Vaccination in Bombay 1874-1876 - 1874-1876
Year: 1874
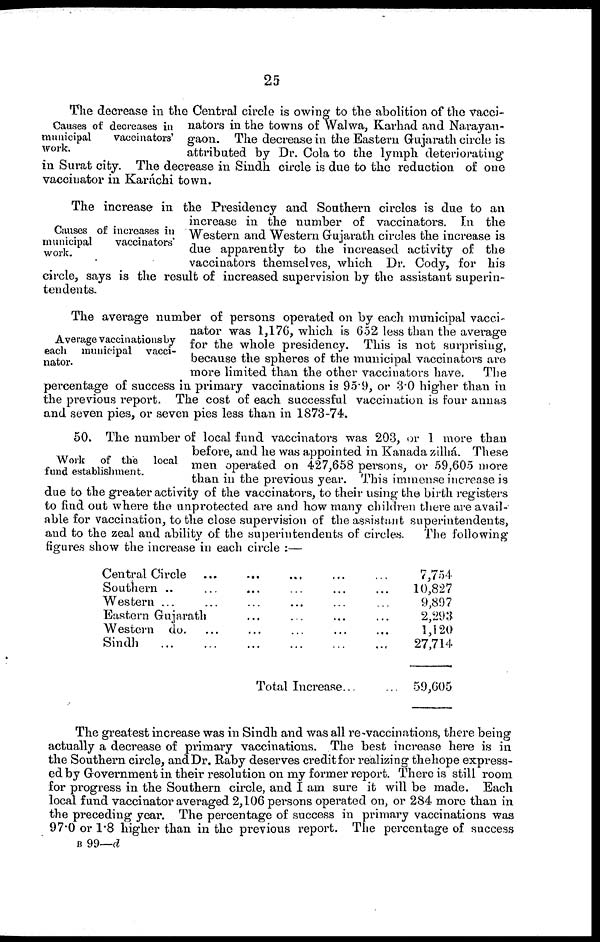
25
Causes of decreases in
municipal
vaccinators'
work.
The decrease in the Central circle is owing to the abolition of the vacci-
nators in the towns of Walwa, Karhad and Narayan-
gaon. The decrease in the Eastern Gujarath circle is
attributed by Dr. Cola to the lymph deteriorating
in Surat city. The decrease in Sindh circle is due to the reduction of one
vaccinator in Karáchi town.
Causes of increases in
municipal
vaccinators
work.
The increase in the Presidency and Southern circles is due to an
increase in the number of vaccinators. In the
Western and Western Gujarath circles the increase is
due apparently to the increased activity of the
vaccinators themselves, which Dr. Cody, for his
circle, says is the result of increased supervision by the assistant superin-
tendents.
Average vaccinations by
each municipal vacci-
nator.
The average number of persons operated on by each municipal vacci-
nator was 1,176, which is 652 less than the average
for the whole presidency. This is not surprising,
because the spheres of the municipal vaccinators are
more limited than the other vaccinators have.
The
percentage of success in primary vaccinations is 95.9, or 3.0 higher than in
the previous report. The cost of each successful vaccination is four annas
and seven pies, or seven pies less than in 1873-74.
Work of the local
fund establishment.
50. The number of local fund vaccinators was 203, or 1 more than
before, and he was appointed in Kanada zilhá. These
men operated on 427,658 persons, or 59,605 more
than in the previous year. This immense increase is
due to the greater activity of the vaccinators, to their using the birth registers
to find out where the unprotected are and how many children there are avail-
able for vaccination, to the close supervision of the assistant superintendents,
and to the zeal and ability of the superintendents of circles.
The following
figures show the increase in each circle :—
Central Circle
Southern .. ... ... ... ... ...
Western ... ... ... ... ... ...
Eastern Gujarath ... ... ... ...
Western do. ... ... ... ...
Sindh
...
...
...
...
...
Total Increase... ... ... ...
7,754
10,827
9,897
2,293
1,120
27,714
59,605
The greatest increase was in Sindh and was all re-vaccinations, there being
actually a decrease of primary vaccinations. The best increase here is in
the Southern circle, and Dr. Raby deserves credit for realizing the hope express-
ed by Government in their resolution on my former report. There is still room
for progress in the Southern circle, and I am sure it will be made. Each
local fund vaccinator averaged 2,106 persons operated on, or 284 more than in
the preceding year. The percentage of success in primary vaccinations was
97.0 or 1.8 higher than in the previous report. The percentage of success
B 99—d